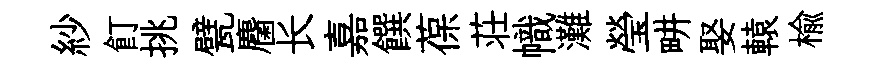
紗飣挑甓麕长嘉饌葆荘幟灘瑩畊娶轅楡